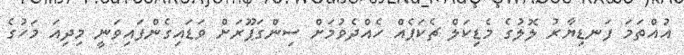
އުއްތަމަ ފަނޑިޔާރު ލޮލުގެ މެޑިކަލް ޗެކަޕެއް ހެއްދެވުމަށް ސިންގަޕޫރަށް ވަޑައިގެންފައިވަނީ މިދިއަ މަހުގެ